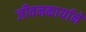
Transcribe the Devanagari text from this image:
जीवनकार्याने